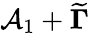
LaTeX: \mathcal{A}_{1}+\mathbf{\widetilde{\Gamma}}